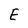
Character: E